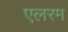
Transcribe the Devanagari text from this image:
एलरम